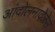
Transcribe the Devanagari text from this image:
आंदोलनावेळेस